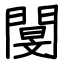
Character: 閺